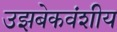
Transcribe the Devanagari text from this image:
उझबेकवंशीय